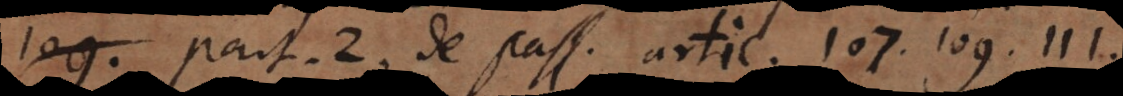
part. 2. de pass. artic. 107. 109. 111.